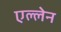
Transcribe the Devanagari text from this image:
एल्लेन